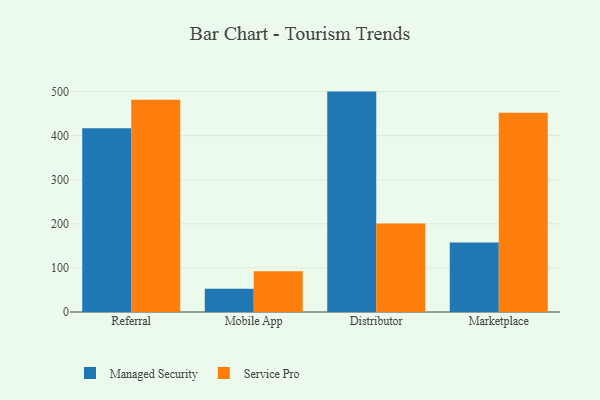
{"axis": {"x": "Channel", "y": "Page Views"}, "legend": ["Managed Security", "Service Pro"], "data": [{"x": "Referral", "y": 416.8, "type": "Managed Security"}, {"x": "Referral", "y": 481.5, "type": "Service Pro"}, {"x": "Mobile App", "y": 52.6, "type": "Managed Security"}, {"x": "Mobile App", "y": 92.4, "type": "Service Pro"}, {"x": "Distributor", "y": 499.9, "type": "Managed Security"}, {"x": "Distributor", "y": 200.8, "type": "Service Pro"}, {"x": "Marketplace", "y": 157.6, "type": "Managed Security"}, {"x": "Marketplace", "y": 451.9, "type": "Service Pro"}]}